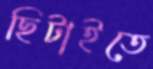
ছিটাইতে